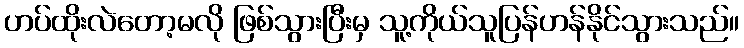
ဟပ်ထိုးလဲတော့မလို ဖြစ်သွားပြီးမှ သူ့ကိုယ်သူပြန်ဟန်နိုင်သွားသည်။